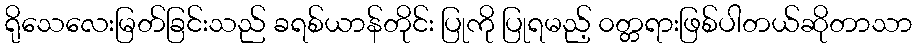
ရိုသေလေးမြတ်ခြင်းသည် ခရစ်ယာန်တိုင်း ပြုကို ပြုရမည့် ၀တ္တရားဖြစ်ပါတယ်ဆိုတာသာ